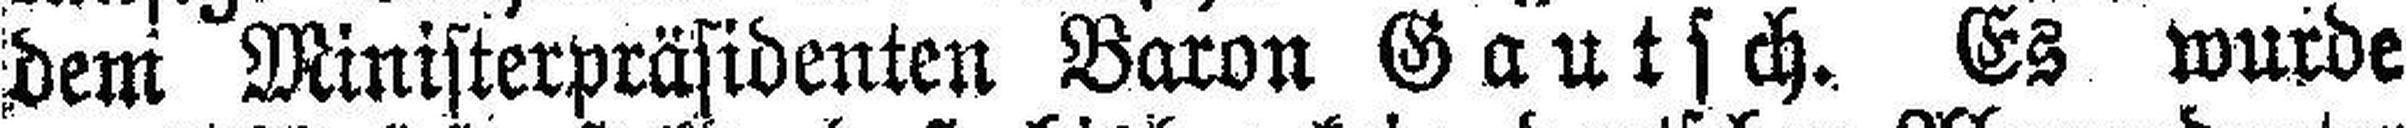
dem Ministerpräsidenten Baron Gautsch. Es wurde